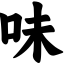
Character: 味